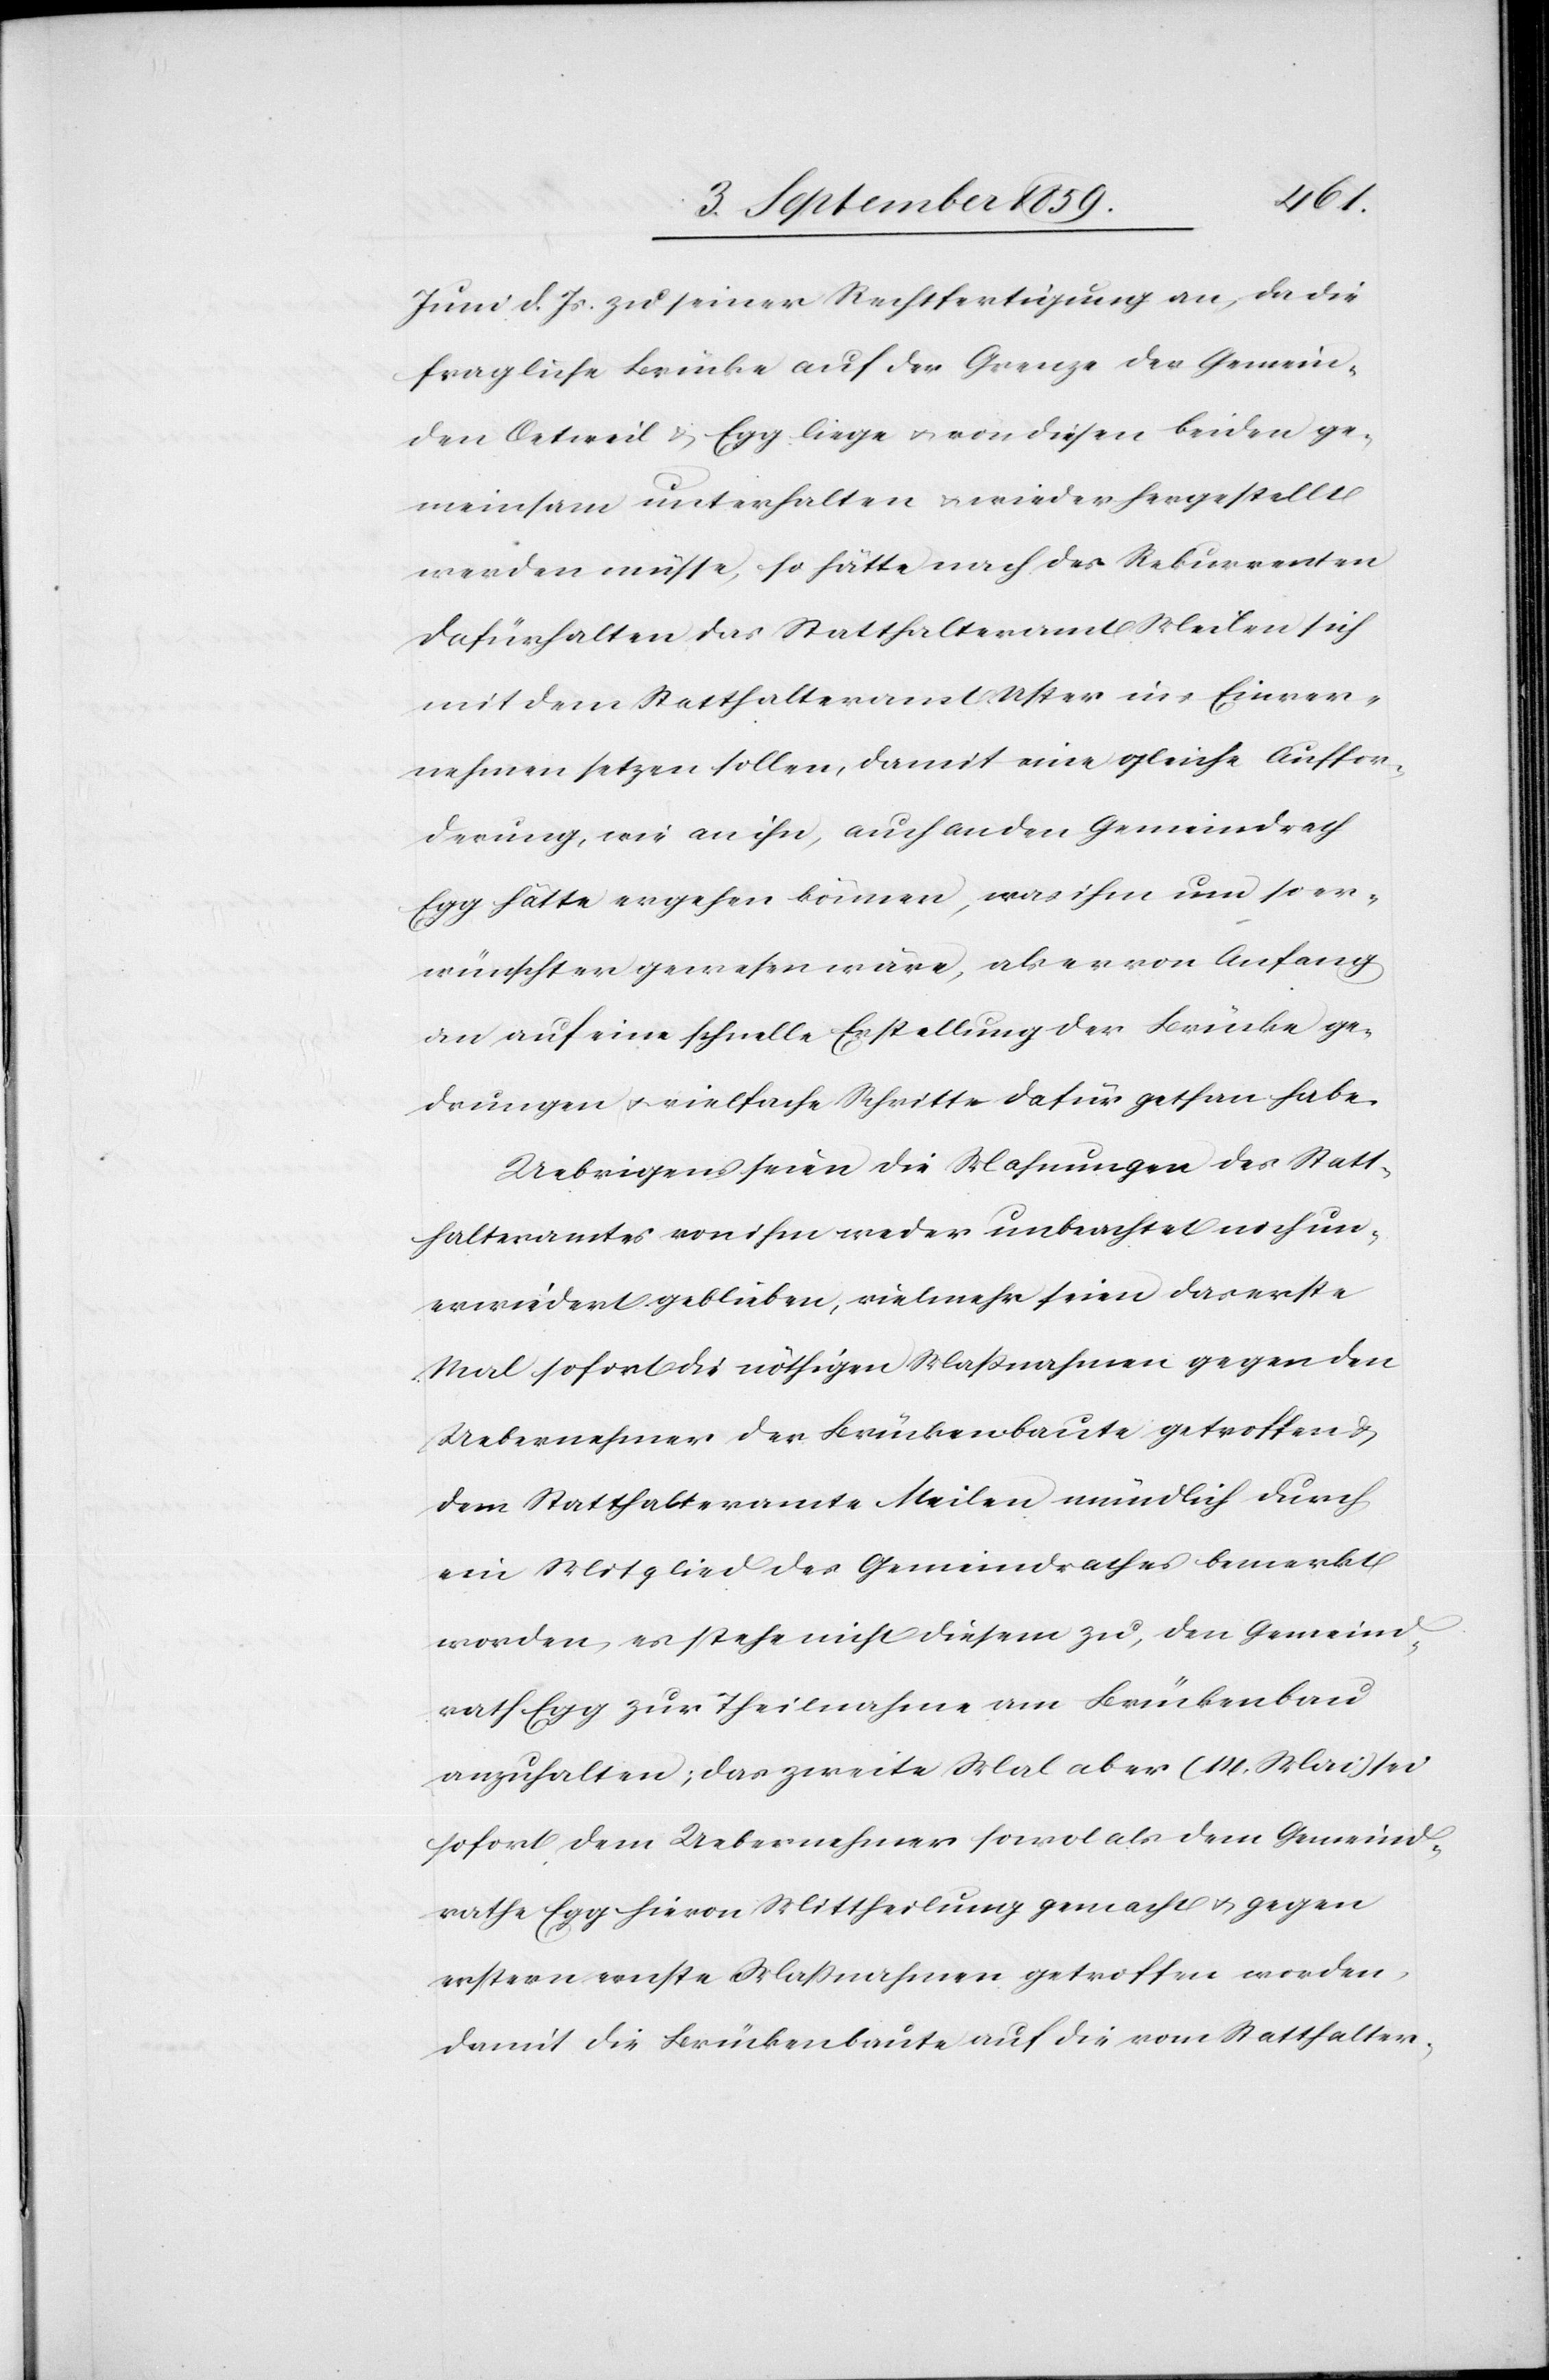
Juni d. Js. zu seiner Rechtfertigung an, da die
fragliche Brücke auf der Grenze der Gemein¬
den Oetweil & Egg liege & von diesen beiden ge¬
meinsam unterhalten & wieder hergestellt
werden müsse, so hätte nach des Rekurrenten
dafürhalten das Statthalteramt Meilen sich
mit dem Statthalteramt Uster ins Einver¬
nehmen setzen sollen, damit eine gleiche Auffor¬
derung, wie an ihn, auch an den Gemeindrath
Egg hätte ergehen können, was ihm um so er¬
wünschter gewesen wäre, als er von Anfang
an auf eine schnelle Erstellung der Brücke ge¬
drungen & vielfache Schritte dafür gethan habe.
Uebrigens seien die Mahnungen des Statt¬
halteramtes von ihm weder unbeachtet noch un¬
erwiedert geblieben, vielmehr seien das erste
Mal sofort die nöthigen Maßnahmen gegen den
Uebernehmer der Brückenbaute getroffen &
dem Statthalteramte Meilen mündlich durch
ein Mitglied des Gemeindrathes bemerkt
worden, es stehe nicht diesem zu, den Gemeind¬
rath Egg zur Theilnahme am Brückenbau
anzuhalten; das zweite Mal aber (14. Mai) sei
sofort dem Uebernehmer sowol als dem Gemeind¬
rathe Egg hievon Mittheilung gemacht & gegen
erstern ernste Maßnahmen getroffen worden,
damit die Brückenbaute auf die vom Statthalter-